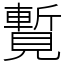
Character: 覱